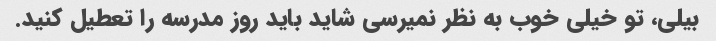
بیلی، تو خیلی خوب به نظر نمیرسی شاید باید روز مدرسه را تعطیل کنید.